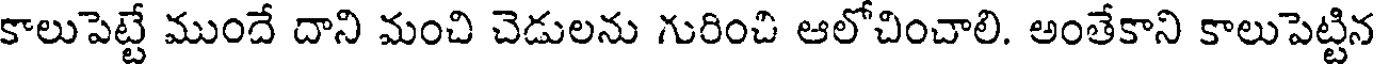
కాలుపెట్టే ముందే దాని మంచి చెడులను గురించి ఆలోచించాలి. అంతేకాని కాలుపెట్టిన